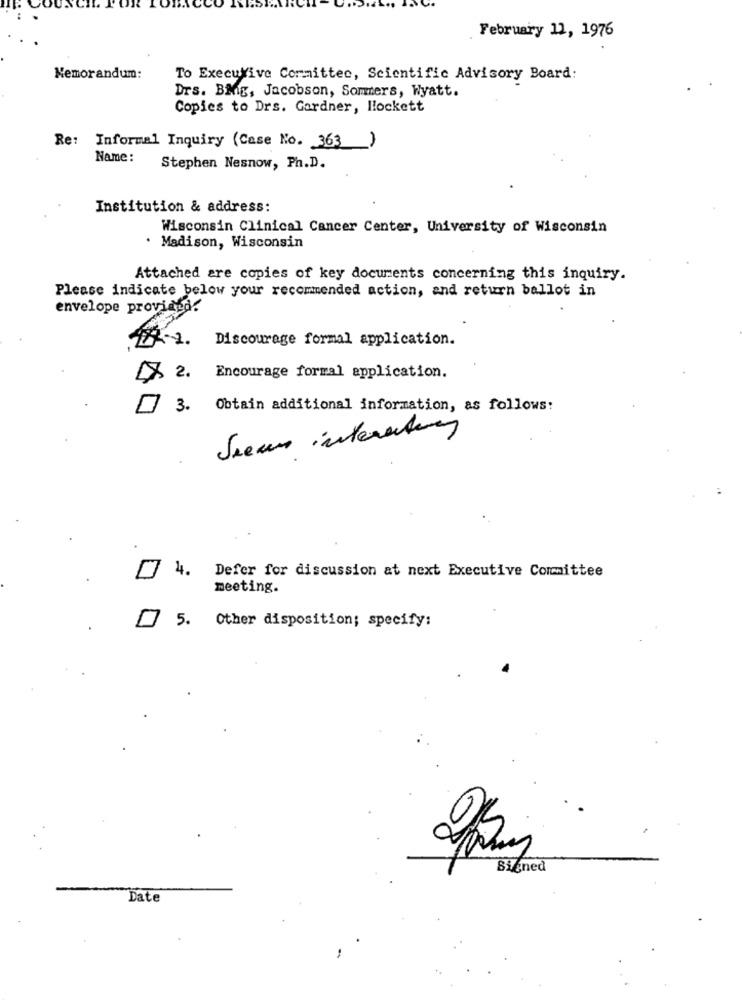
February 11, 1976
Memorandum:
To Executive Committee, Scientific Advisory Board:
Drs. BMig, Jacobson, Sommers, Wyatt.
Copies to Drs. Gardner, llockett
Re: Informal Inquiry (Case No. 363)
Name :
Stephen Nesnow, Ph.D.
Institution & address:
Wisconsin Clinical Cancer Center, University of Wisconsin
. Madison, Wisconsin
Attached are copies of key documents concerning this inquiry.
Please indicate below your recommended action, and return ballot in
envelope provided.
Discourage formal application.
> 2. Encourage formal application.
3. Obtain additional information, as follows:
Seems interesting
4. Defer for discussion at next Executive Committee
meeting.
] 5. Other disposition; specify:
0
Signed
Date